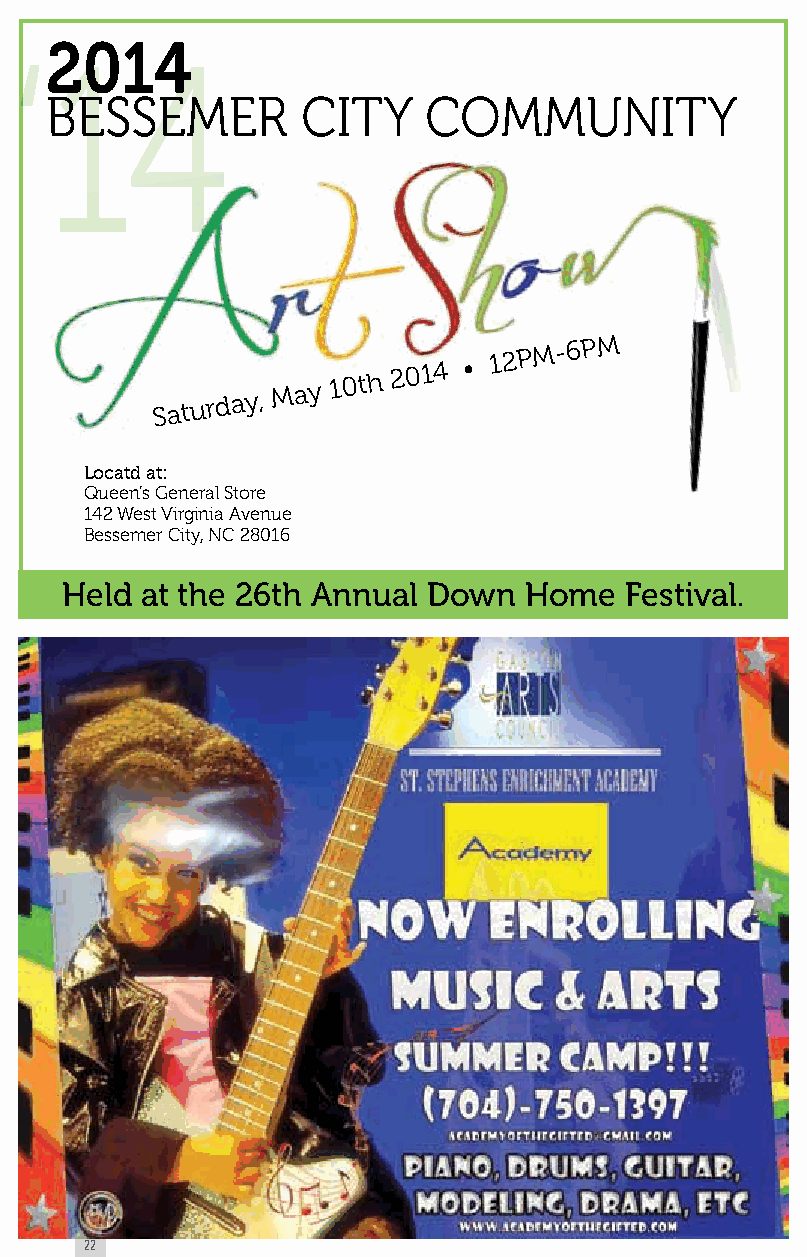
2014
 Bessemer         City    Community
 Saturday,
 May
 10th
 2014 •
 12PM-6PM
 Locatd at:
 Queen’s General store
 142 West Virginia Avenue
 Bessemer City, NC 28016
 Held at the 26th Annual Down   Home  Festival.
 22